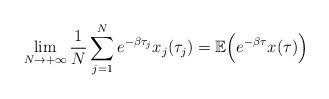
LaTeX: \begin{align*}\lim_{N\rightarrow+\infty}\frac{1}{N}\sum\limits_{j=1}^Ne^{-\beta\tau_j}x_j(\tau_j)=\mathbb{E}\Big(e^{-\beta\tau}x(\tau)\Big)\end{align*}